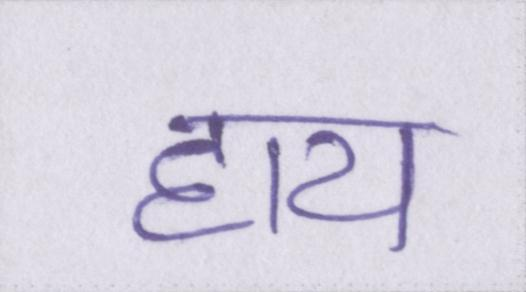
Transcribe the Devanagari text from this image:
हाय